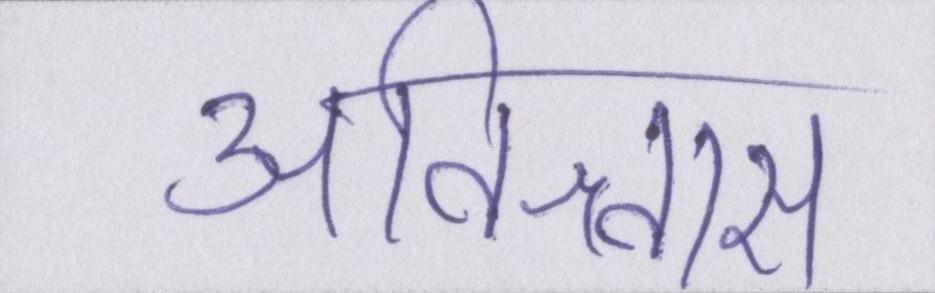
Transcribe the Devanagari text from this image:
अविश्वास